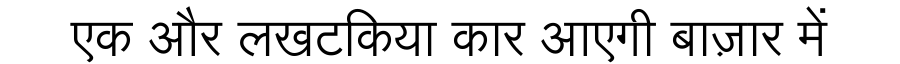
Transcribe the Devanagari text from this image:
एक और लखटकिया कार आएगी बाज़ार में